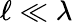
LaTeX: \ell\ll\lambda